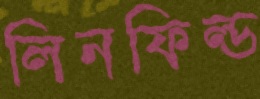
লিনফিল্ড